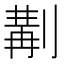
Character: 𠞣